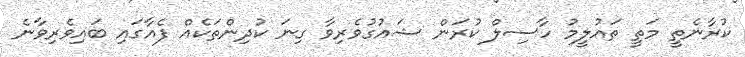
ކުރާނެތީ މަތީ ތައުލީމު ހާސިލް ކުރަން ޝައުގުވެރިވާ ގިނަ ކުދިންތަކެއް ފެއާގައި ބައިވެރިވާނެ